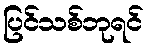
ပြင်သစ်ဘုရင်